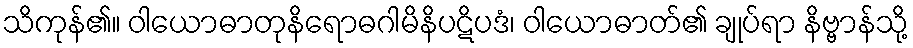
သိကုန်၏။ ဝါယောဓာတုနိရောဓဂါမိနိပဋိပဒံ၊ ဝါယောဓာတ်၏ ချုပ်ရာ နိဗ္ဗာန်သို့